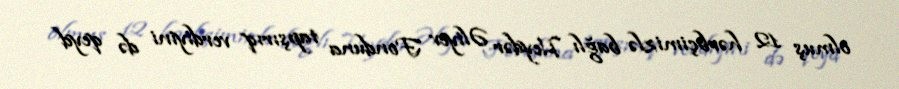
olmuş 12 hərbçimizlə bağlı Heydər Əliyev Fonduna tapşırıq verdiyini də qeyd